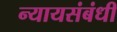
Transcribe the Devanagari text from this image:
न्यायसंबंधी